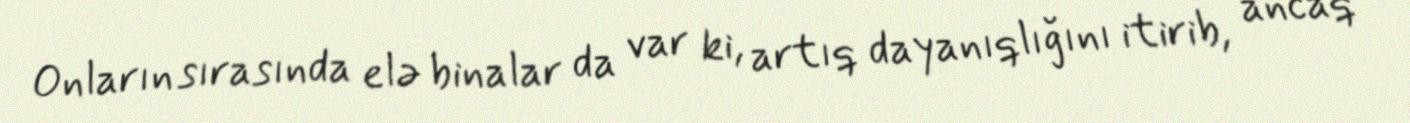
Onların sırasında elə binalar da var ki, artıq dayanıqlığını itirib, ancaq